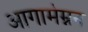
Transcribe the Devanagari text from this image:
आगामेम्नन